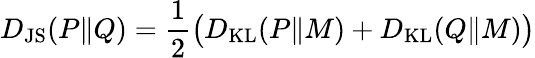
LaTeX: D_{\mathrm{{JS}}}(P\Vert Q)=\frac 12\bigl(D_{\mathrm{{KL}}}(P\Vert M)+D_{\mathrm{{KL}}}(Q\Vert M)\bigr)